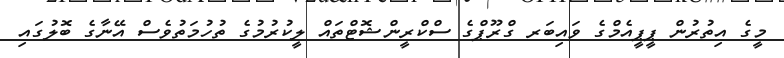
މީގެ އިތުރުން ޕީޕީއެމްގެ ވައިބަރ ގްރޫޕްގެ ސްކްރީންޝޮޓްތައް ލީކުރުމުގެ ތުހުމަތުވެސް އޭނާގެ ބޮލުގައި